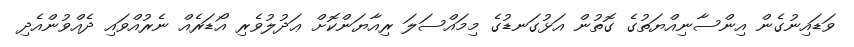
ވަޑައިނުގެން އިންސާނިއްޔަތުގެ ގޮތުން އަޅުގަނޑުގެ މިމައްސަލަ ރިއާޔަންކޮށް ޢަދުލުވެރި އޯޑަރެއް ނެރުއްވައި ދެއްވުންއެދި